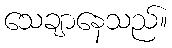
သေချာနေသည်။